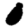
Digit: 0